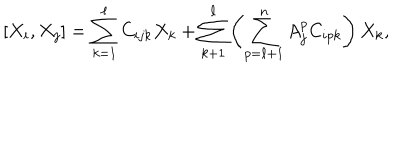
[ X _ { i } , X _ { j } ] = \sum _ { k = 1 } ^ { \ell } C _ { i j k } X _ { k } + \sum _ { k + 1 } ^ { \ell } \left( \sum _ { p = \ell + 1 } ^ { n } A _ { j } ^ { p } C _ { i p k } \right) X _ { k } ,